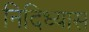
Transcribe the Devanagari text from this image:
निदिध्यास